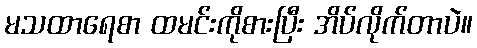
မသထာရေစာ ထမင်းကိုစားပြီး အိပ်လိုက်တာပဲ။